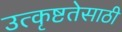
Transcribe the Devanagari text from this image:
उत्कृष्टतेसाठी